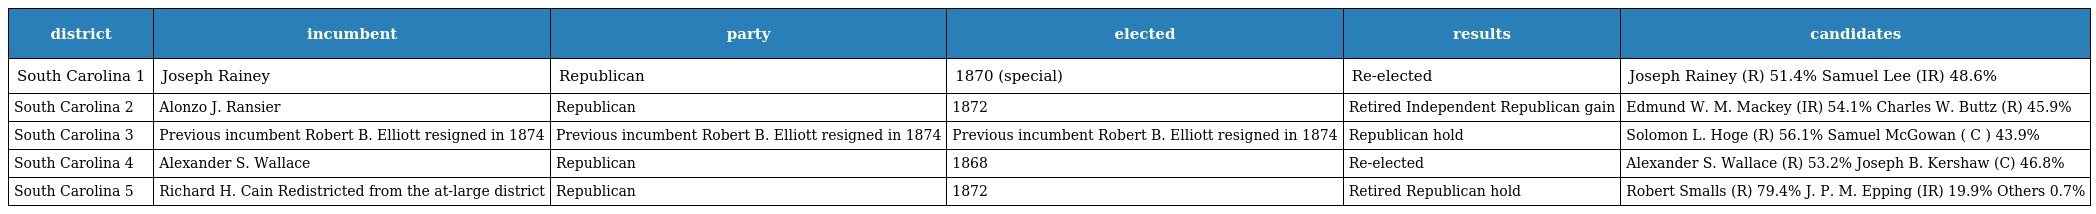
| district | incumbent | party | elected | results | candidates |
 | --- | --- | --- | --- | --- | --- |
 | South Carolina 1 | Joseph Rainey | Republican | 1870 (special) | Re-elected | Joseph Rainey (R) 51.4% Samuel Lee (IR) 48.6% |
 | South Carolina 2 | Alonzo J. Ransier | Republican | 1872 | Retired Independent Republican gain | Edmund W. M. Mackey (IR) 54.1% Charles W. Buttz (R) 45.9% |
 | South Carolina 3 | Previous incumbent Robert B. Elliott resigned in 1874 | Previous incumbent Robert B. Elliott resigned in 1874 | Previous incumbent Robert B. Elliott resigned in 1874 | Republican hold | Solomon L. Hoge (R) 56.1% Samuel McGowan ( C ) 43.9% |
 | South Carolina 4 | Alexander S. Wallace | Republican | 1868 | Re-elected | Alexander S. Wallace (R) 53.2% Joseph B. Kershaw (C) 46.8% |
 | South Carolina 5 | Richard H. Cain Redistricted from the at-large district | Republican | 1872 | Retired Republican hold | Robert Smalls (R) 79.4% J. P. M. Epping (IR) 19.9% Others 0.7% |